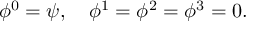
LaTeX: \phi ^ { 0 } = \psi , \quad \phi ^ { 1 } = \phi ^ { 2 } = \phi ^ { 3 } = 0 .